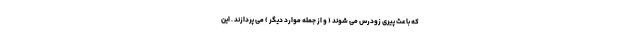
که باعث پیری زودرس می شوند ( و از جمله موارد دیگر ) می پردازند . این